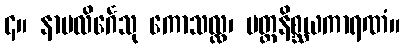
၄။ နာမလိင်္ဂေသု ကောသလ္လ၊ မတ္ထနိစ္ဆယကာရဏံ။